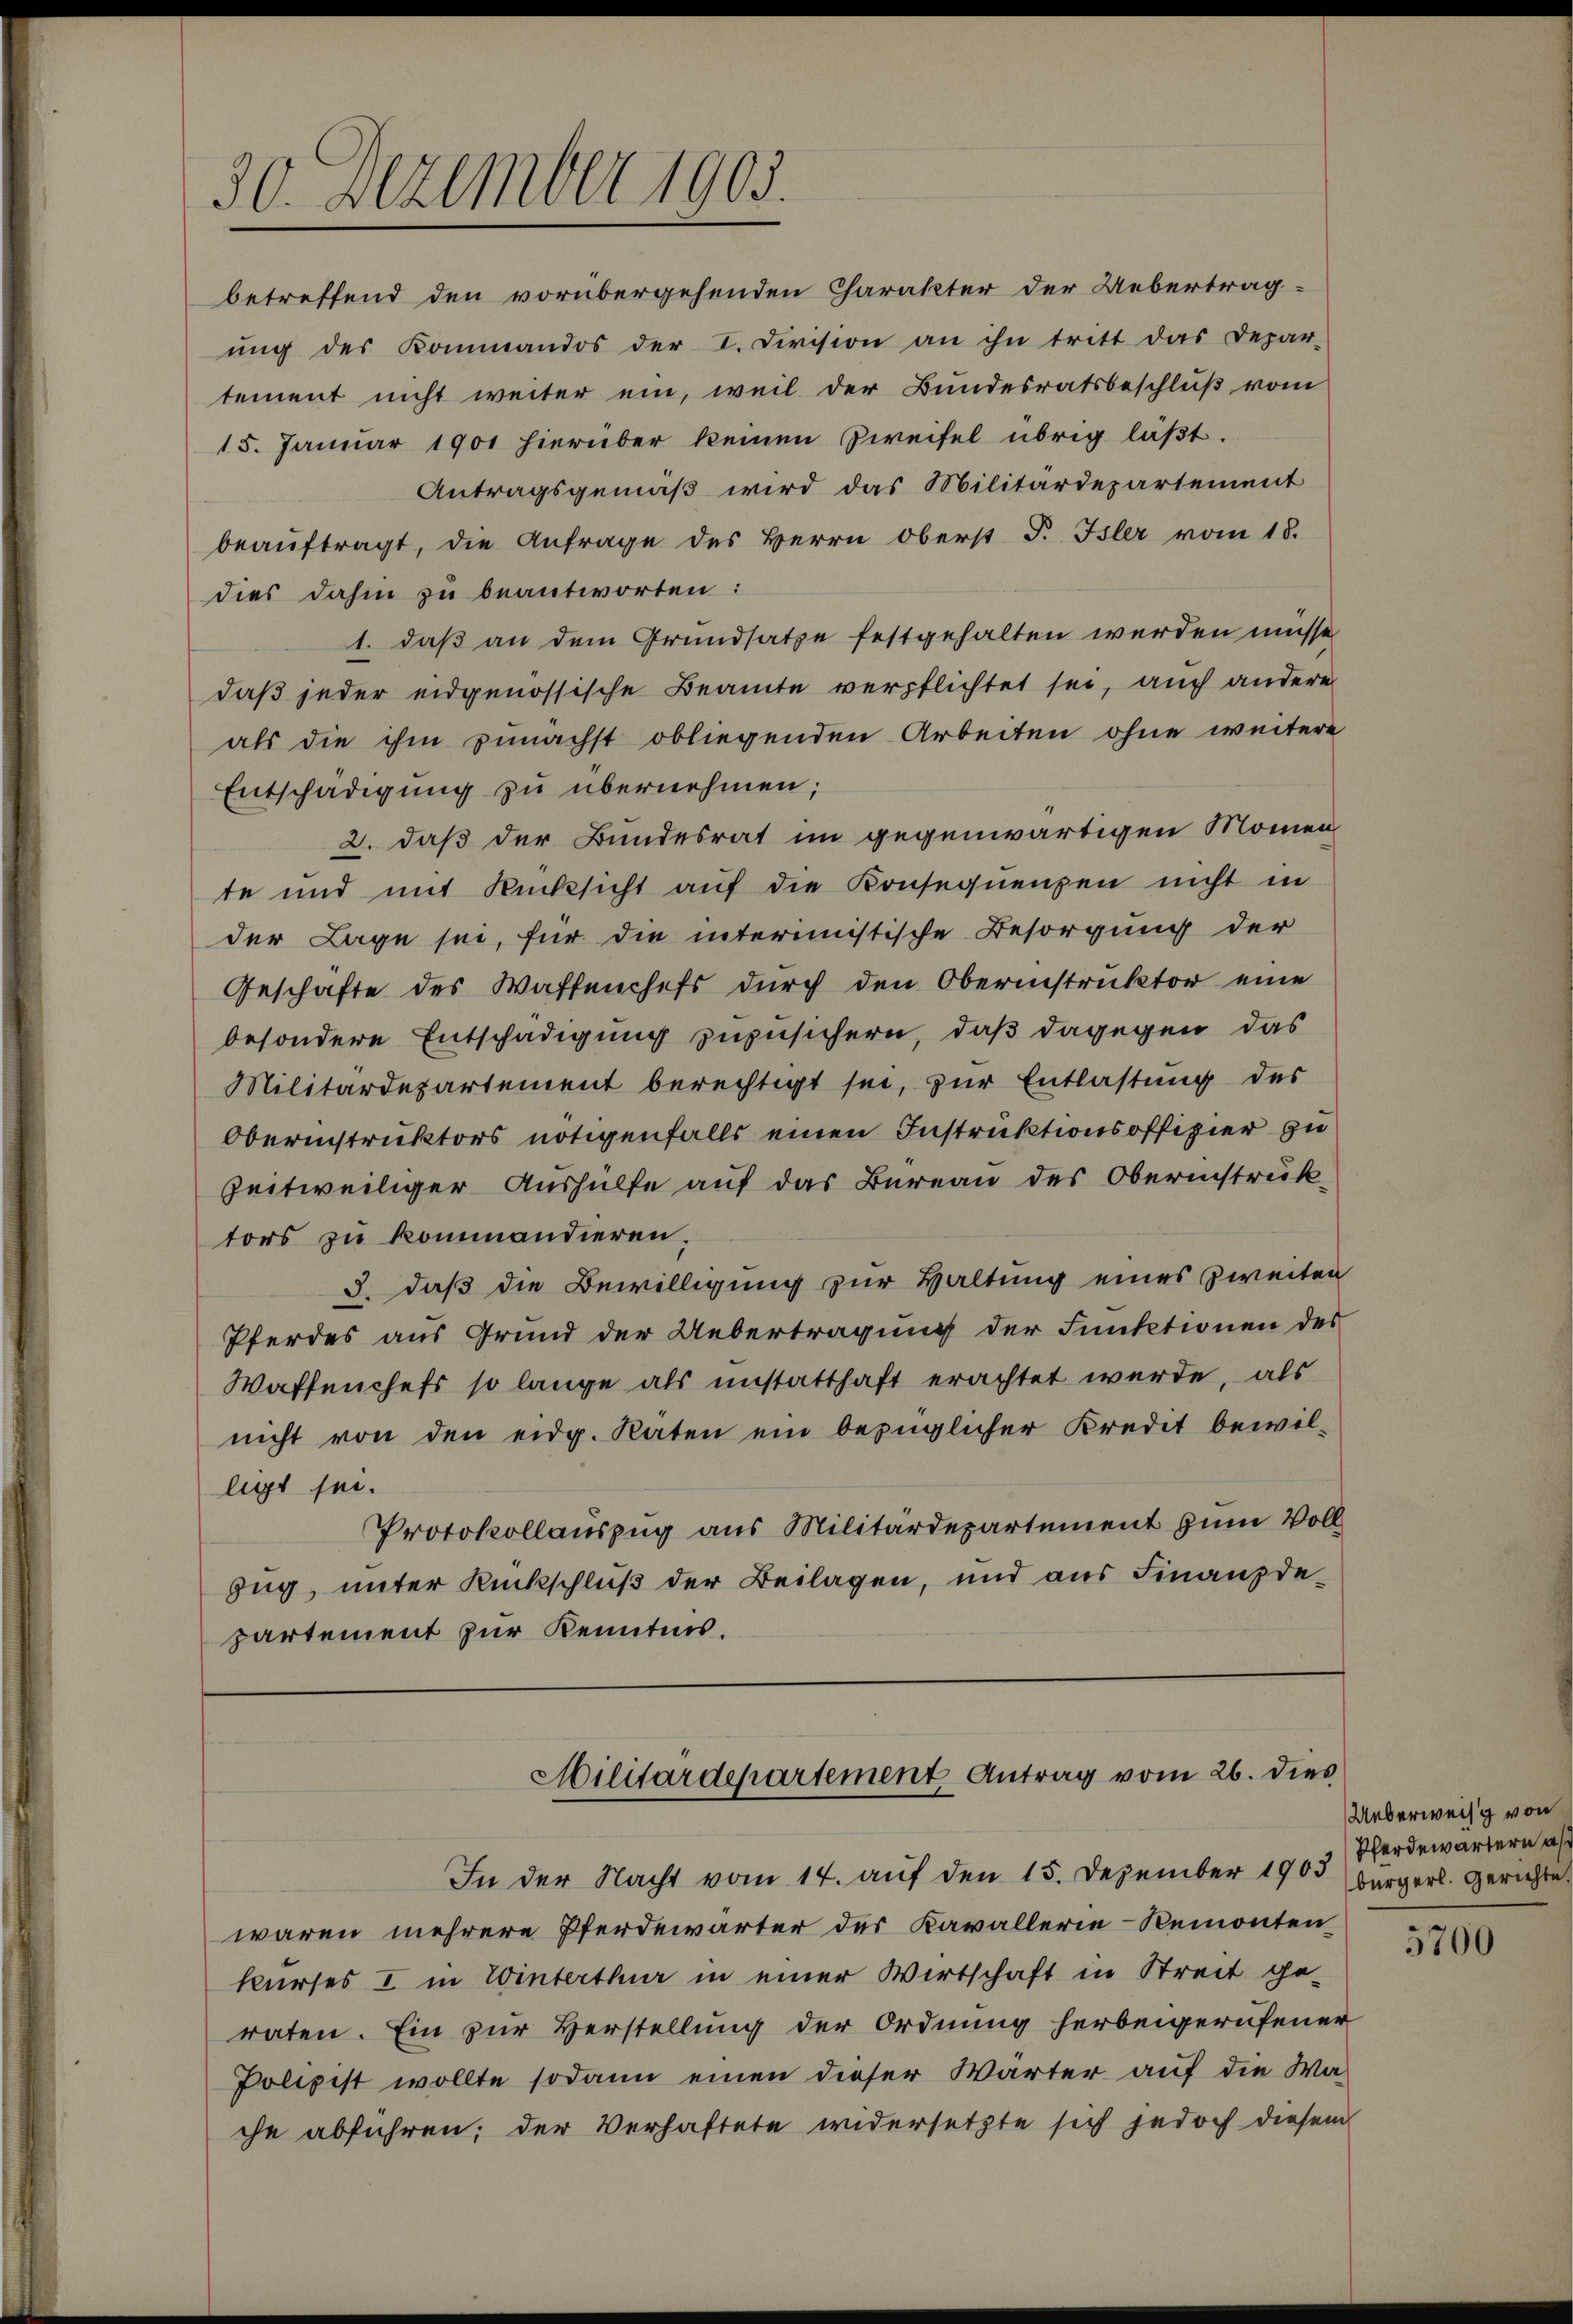
30. Dezember 1903.

betreffend den vorübergehenden Charakter der Uebertrag-
ŭng der Kommandos der I. Division an ihn tritt das Depar-
tement nicht weiter ein, weil der Bundesratsbeschluß vom
15. Januar 1901 hierüber keinen Zweifel übrig läßt.
Antragsgemäß wird das Militärdepartement
beauftragt, die Anfrage des Herrn Oberst J. Isler vom 18.
dies dahin zu beantworten:
1. daß an dem Grundsatze festgehalten werden müsse
daß jeder eidgenössische Beamte verpflichtet sei, auch andere
als die ihm zunächst obliegenden Arbeiten ohne weitere
Entschädigung zu übernehmen;
2. daß der Bundesrat im gegenwärtigen Momen
te und mit Rücksicht aŭf die Konsequenzen nicht in
der Lage sei, für die interimistische Besorgung der
Geschäfte des Waffenchefs durch den Oberinstruktor eine
besondere Entschädigung zuzusichern, daß dagegen das
Militärdepartement berechtigt sei, zur Entlastung des
Oberinstruktors nötigenfalls einen Instruktionsoffizier zu
zeitweiliger Aushülfe auf das Bureau des Oberinstruktors zu kommandieren.
3. daß die Bewilligung zur Haltung eines Zweiten
Pferdes aus Grund der Uebertragung der Funktionen des
Waffenchefs so lange als unstatthaft erachtet werde, als
nicht von den eidg. Raten ein bezüglicher Kredit bewil-
ligt sei.
Protokollauszug aus Militärdepartement zum Vollzug, unter Rückschluß der Beilagen, und aus Finanzdepartement zur Kenntnis.

Militärdepartement Antrag vom 26. dies

waren mehrere Pferdewärter des Kavallerie-Remonten
kurses I in Winterthur in einer Wirtschaft in Streit ge-
raten. Ein zur Verstellung der Ordnung herbeigerufener
Polizist wollte sodann einen dieser Wärter auf die Wache abführen; der Verhaftete widersetzte sich jedoch diesem

In der Nacht vom 14. auf den 15. Dezember 1905 bürgerl. Gerichte

Ueberweis von
Pferdewärtern a

5700